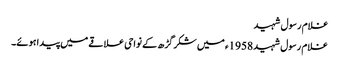
غلام رسول شہید
غلام رسول شہید 1958ء میں شکر گڑھ کے نواحی علاقے میں پیدا ہوئے۔